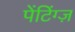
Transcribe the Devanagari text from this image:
पेंटिंग्ज़